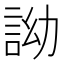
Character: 詏